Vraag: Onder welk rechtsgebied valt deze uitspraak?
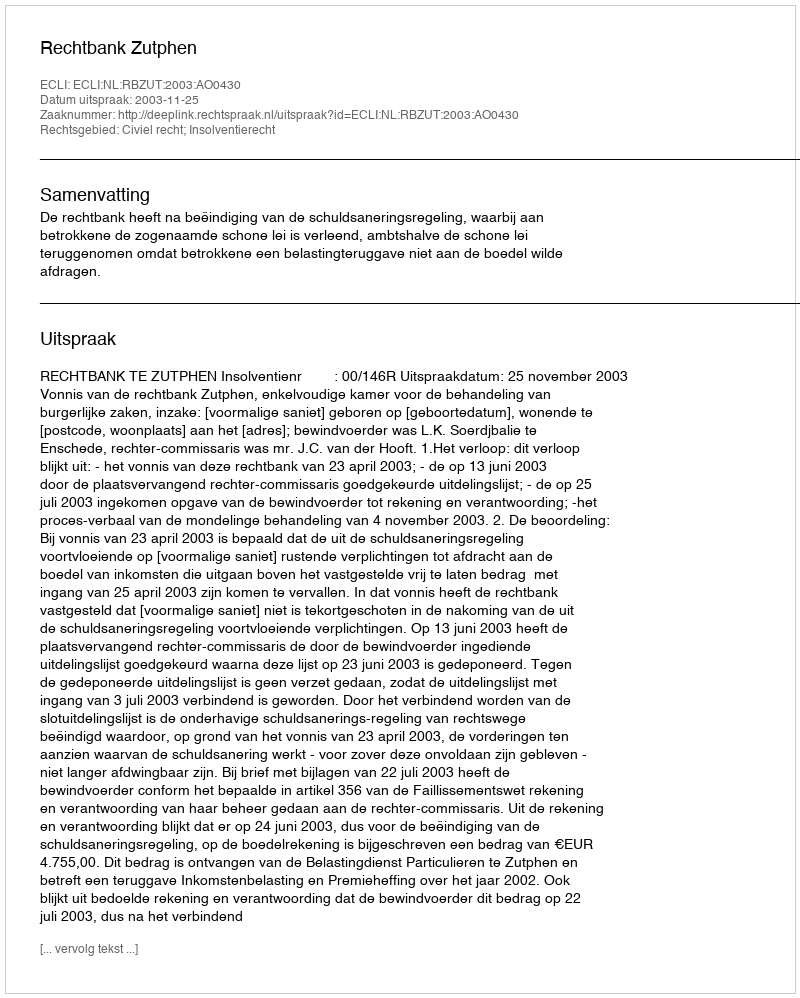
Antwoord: Civiel recht; Insolventierecht